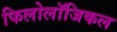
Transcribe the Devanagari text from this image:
फिलोलॉजिकल